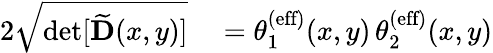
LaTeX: \begin{array}{rl}{2\sqrt{\operatorname*{det}[\widetilde{\mathbf{D}}(x,y)]}}&{{}=\theta_{1}^{\textrm{(eff)}}(x,y)\, \theta_{2}^{\textrm{(eff)}}(x,y)}\end{array}